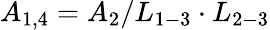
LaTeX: {A_{1,4}}={A_{2}}/{L_{1-3}}\cdot{L_{2-3}}